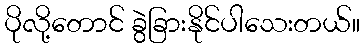
ပိုလို့တောင် ခွဲခြားနိုင်ပါသေးတယ်။